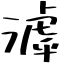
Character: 滹